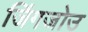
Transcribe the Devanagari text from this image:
जिंगजोउ